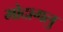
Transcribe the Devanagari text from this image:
मोदागलु